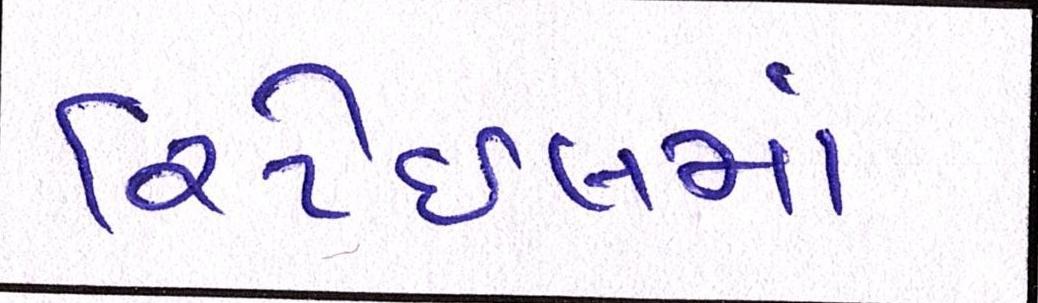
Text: રિટેઈલમાં